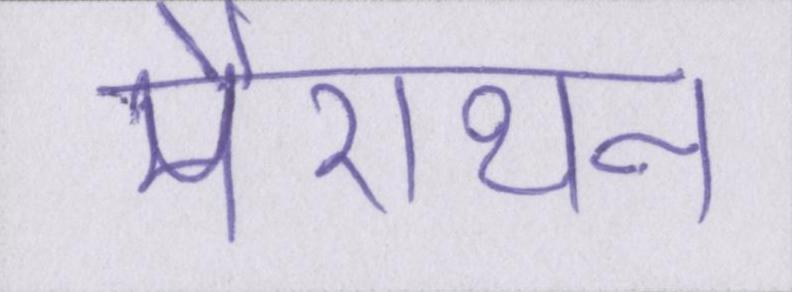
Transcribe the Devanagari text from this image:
मैराथन